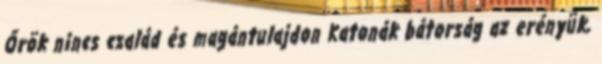
Őrök nincs család és magántulajdon Katonák bátorság az erényük,